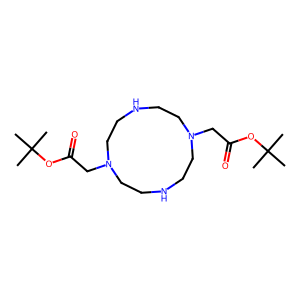
SMILES: CC(C)(C)OC(=O)CN1CCNCCN(CC(=O)OC(C)(C)C)CCNCC1
Inhibits HIV replication: No